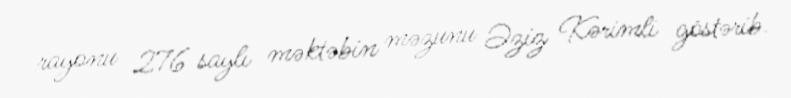
rayonu 276 saylı məktəbin məzunu Əziz Kərimli göstərib.